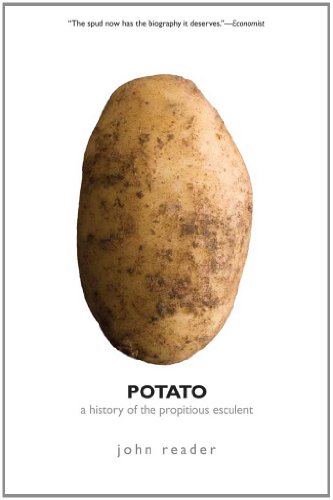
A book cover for Potato: A History of the Propitious Esculent; John Reader; Cookbooks, Food & Wine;